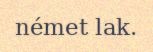
német lak.